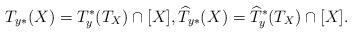
LaTeX: \begin{align*}T_{y*}(X) = T_y^*(T_X)\cap [X], \widehat{T}_{y*}(X) = \widehat{T}_y^*(T_X)\cap [X].\end{align*}